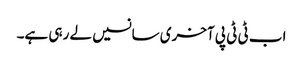
اب ٹی ٹی پی آخری سانسیں لے رہی ہے۔